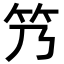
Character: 𬔬